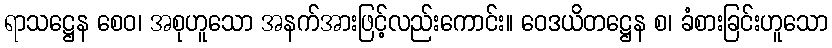
ရာသဋ္ဌေန စေဝ၊ အစုဟူသော အနက်အားဖြင့်လည်းကောင်း။ ဝေဒယိတဋ္ဌေန စ၊ ခံစားခြင်းဟူသော